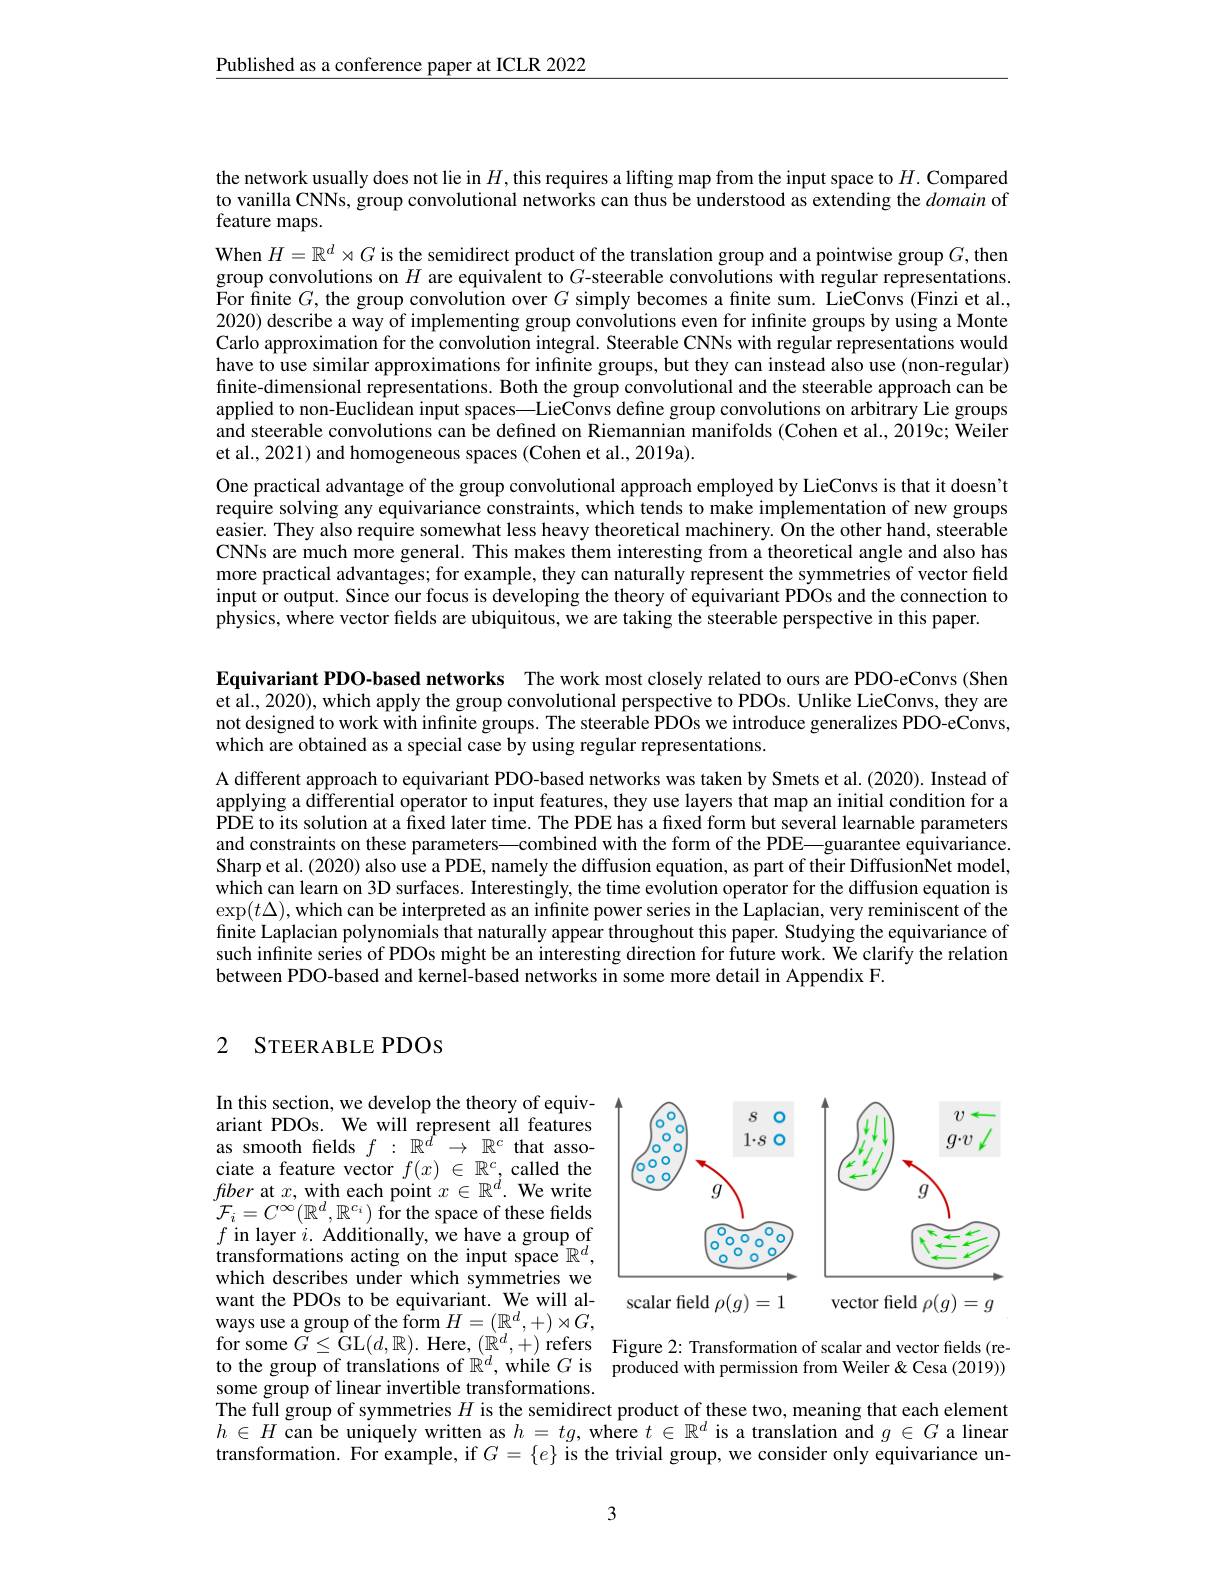
Published as a conference paper at ICLR 2022

the network usually does not lie in $H$ this requires a lifting map from the input space to $H.$ Compared to vanilla CNNs, group convolutional networks can thus be understood as extending the domain of feature maps.

When $H=\mathbb{R}^d\rtimes G$ is the semidirect product of the translation group and a pointwise group $G$,then group convolutions on $H$ are equivalent to $G$-steerable convolutions with regular representations. For finite $G$,the group convolution over $G$ simply becomes a finite sum. LieConvs (Finzi et al., 2020) describe a way of implementing group convolutions even for infinite groups by using a Monte Carlo approximation for the convolution integral. Steerable CNNs with regular representations would have to use similar approximations for infinite groups, but they can instead also use (non-regular) finite-dimensional representations. Both the group convolutional and the steerable approach can be applied to non-Euclidean input spaces—LieConvs define group convolutions on arbitrary Lie groups and steerable convolutions can be defined on Riemannian manifolds (Cohen et al., 2019c; Weiler et al., 2021) and homogeneous spaces (Cohen et al., 2019a).
One practical advantage of the group convolutional approach employed by LieConvs is that it doesn't require solving any equivariance constraints, which tends to make implementation of new groups easier. They also require somewhat less heavy theoretical machinery. On the other hand, steerable CNNs are much more general. This makes them interesting from a theoretical angle and also has more practical advantages; for example, they can naturally represent the symmetries of vector field input or output. Since our focus is developing the theory of equivariant PDOs and the connection to physics, where vector fields are ubiquitous, we are taking the steerable perspective in this paper.

Equivariant PDO-based networks The work most closely related to ours are PDO-eConvs (Shen et al., 2020), which apply the group convolutional perspective to PDOs. Unlike LieConvs, they are not designed to work with infinite groups. The steerable PDOs we introduce generalizes PDO-eConvs, which are obtained as a special case by using regular representations.

A different approach to equivariant PDO-based networks was taken by Smets et al.(2020). Instead of applying a differential operator to input features, they use layers that map an initial condition for a PDE to its solution at a fixed later time. The PDE has a fixed form but several learnable parameters and constraints on these parameters—combined with the form of the PDE—guarantee equivariance. Sharp et al. (2020) also use a PDE, namely the diffusion equation, as part of their DiffusionNet model, which can learn on 3D surfaces. Interestingly, the time evolution operator for the diffusion equation is $\exp(t\Delta)$,which can be interpreted as an infinite power series in the Laplacian, very reminiscent of the finite Laplacian polynomials that naturally appear throughout this paper. Studying the equivariance of such infinite series of PDOs might be an interesting direction for future work. We clarify the relation between PDO-based and kernel-based networks in some more detail in Appendix F.

## 2 STEERABLE PDOs

<FigureHere>
scalar field $\rho(g)=1$
vector field $\rho(g)=g$

In this section, we develop the theory of equivariant PDOs. We will represent all features as smooth felds $f:\mathbb{R}^d\to\mathbb{R}^c$ that associate a feature vector $f( x)$ $\in$ $\mathbb{R} ^c$, called the fber at $x$, with each point $x\in\mathbb{R}^d.$ We write $\mathcal{F}_{i}=C^{\infty}(\mathbb{R}^{d},\mathbb{R}^{c_{i}})$ for the space of these felds $f$ in layer $i.$ Additionally, we have a group of transformations acting on the input space $\mathbb{R}^d$, which describes under which symmetries we want the PDOs to be equivariant. We will always use a group of the form $H=(\mathbb{R}^d,+)\rtimes G$, $\begin{array}{ll}{\mathrm{for~some~}\tilde{G}\leq\dot{\mathrm{GL}}(d,\mathbb{R}).\mathrm{~Here,~}(\mathbb{R}^{d},+)\mathrm{~refers}}&{\mathrm{Figure~2:~Transformation~of~scalar~and~vector~fields~(re--}\\{\mathrm{to~the~group~of~translations~of~}\mathbb{R}^{d},\mathrm{~while~G~is}}}{\mathrm{produced~with~permission~from~Weiler~\&~Cesa~(2019))}}\end{array}$
some group of linear invertible transformations.
The full group of symmetries $H$ is the semidirect product of these two, meaning that each element $h\in H$ can be uniquely written as $h=tg$, where $t\in\mathbb{R}^d$ is a translation and $g\in G$ a linear transformation. For example, if $G=\{e\}$ is the trivial group, we consider only equivariance un-

3